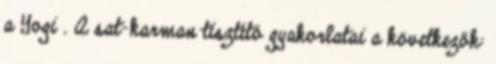
a Yogi . A sat-karman tisztító gyakorlatai a következők: